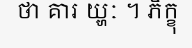
ថា គារ យ្ហៈ ។ ភិក្ខុ